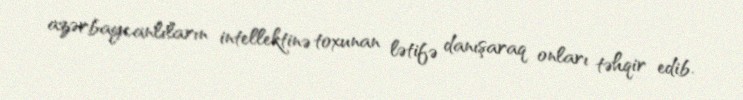
azərbaycanlıların intellektinə toxunan lətifə danışaraq onları təhqir edib.